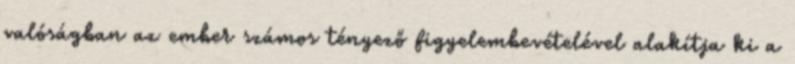
valóságban az ember számos tényező ﬁgyelembevételével alakítja ki a